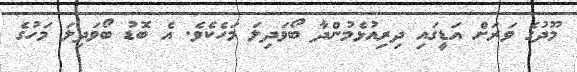
މޫދުގެ ވަރަށް އަޑީގައި ދިރިއުޅެމުންދާ ބޯވަދިލަ މަހެކެވެ. އެ ބޮޑު ބޯވަދިލަ މަަހުގެ